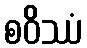
စဝိဿံ